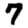
Digit: 7